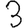
Digit: 3